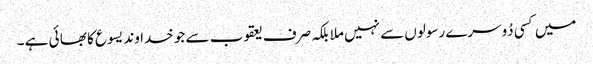
میں کسی دُوسرے رسولوں سے نہیں ملا بلکہ صرف یعقوب سے جو خدا وند یسوع کا بھا ئی ہے ۔